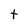
Character: t